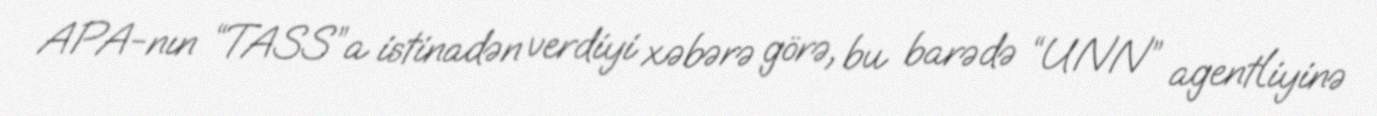
APA-nın “TASS”a istinadən verdiyi xəbərə görə, bu barədə “UNN” agentliyinə